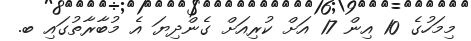
މިމަހުގެ 10 އިން 17 އަށް ކުރިއަށް ގެންދިޔަ އެ މުބާރާތުގައި ބ.